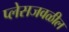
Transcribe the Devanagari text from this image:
प्लेसजवळील